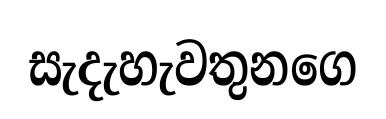
සැදැහැවතුනගෙ